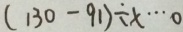
( 1 3 0 - 9 1 ) \div x \cdots 0